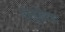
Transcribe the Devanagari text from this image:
पोलुद्नित्सा